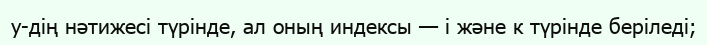
y-дің нәтижесі түрінде, ал оның индексы — i және к түрінде беріледі;